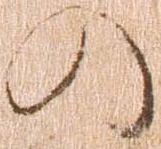
の